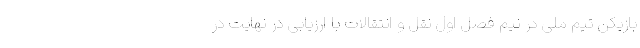
بازیکن تیم ملی در نیم فصل اول نقل و انتقالات با ارزیابی در نهایت در